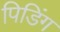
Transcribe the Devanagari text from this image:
पिडिंग